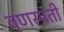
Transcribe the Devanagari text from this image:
वणस्पती